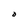
Character: O